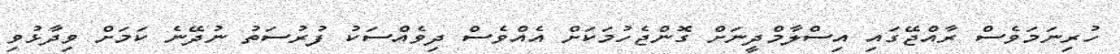
ހުރިނަމަވެސް ރާއްޖޭގައި އިސްލާމްދީނަށް ގޮންޖެހުމަކަށް އެއްވެސް ދިވެއްސަކު ފުރުސަތު ނުދޭނެ ކަމަށް ވިދާޅުވި